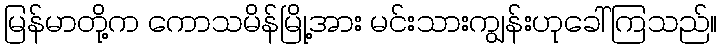
မြန်မာတို့က ကောသမိန်မြို့အား မင်းသားကျွန်းဟုခေါ်ကြသည်။